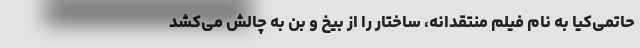
حاتمی‌کیا به نام فیلم منتقدانه، ساختار را از بیخ و بن به چالش می‌کشد